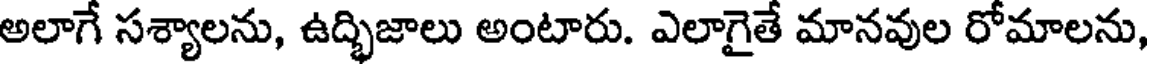
అలాగే సశ్యాలను, ఉద్భిజాలు అంటారు. ఎలాగైతే మానవుల రోమాలను,